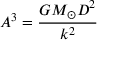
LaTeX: A ^ { 3 } = { \frac { G M _ { \odot } D ^ { 2 } } { k ^ { 2 } } }